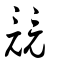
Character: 競